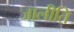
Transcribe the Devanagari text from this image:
जालीति